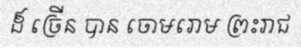
ដ៏ ច្រើន បាន ចោមរោម ព្រះរាជ